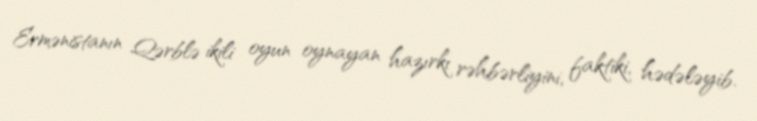
Ermənistanın Qərblə ikili oyun oynayan hazırkı rəhbərliyini, faktiki, hədələyib.